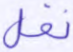
نفل